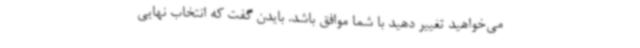
می‌خواهید تغییر دهید با شما موافق باشد. بایدن گفت که انتخاب نهایی